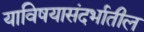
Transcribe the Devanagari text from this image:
याविषयासंदर्भातील